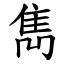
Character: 雋